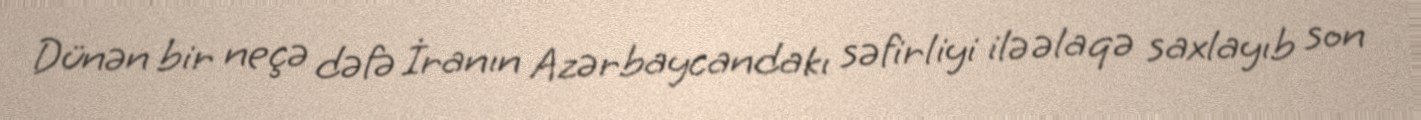
Dünən bir neçə dəfə İranın Azərbaycandakı səfirliyi ilə əlaqə saxlayıb son